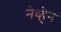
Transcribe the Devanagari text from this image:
नेव्हेन